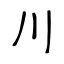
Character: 川